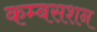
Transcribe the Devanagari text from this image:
कम्बसशन